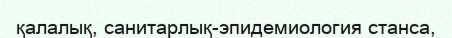
қалалық, санитарлық-эпидемиология станса,